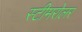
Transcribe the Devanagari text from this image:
स्टीमरोलर